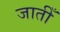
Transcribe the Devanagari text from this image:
जातीँ